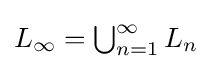
{\textstyle {L}_{\infty }=\bigcup _{n=1}^{\infty }L_{n}}